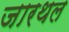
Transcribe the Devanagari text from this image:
जारथल